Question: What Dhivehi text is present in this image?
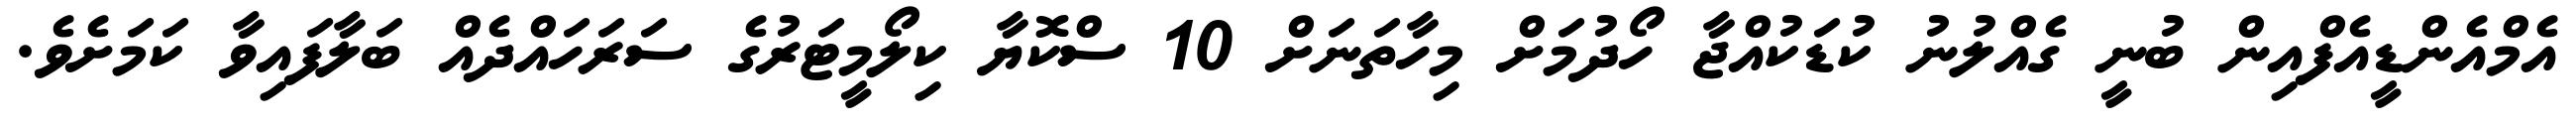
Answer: އެމްއެންޑީއެފްއިން ބުނީ ގެއްލުނު ކުޑަކުއްޖާ ހޯދުމަށް މިހާތަނަށް 10 ސްކޮޔާ ކިލޯމީޓަރުގެ ސަރަހައްދެއް ބަލާފައިވާ ކަމަށެވެ.